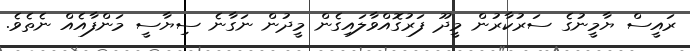
ރައީސް ޔާމީނުގެ ސަރުކާރުން މީދޫ ފަރުގޮއްވާލައިގެން މީދުން ނަގާނެ ސިޔާސީ މަންފާއެއް ނެތެވެ.